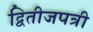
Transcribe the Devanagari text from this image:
द्वितीजपत्री